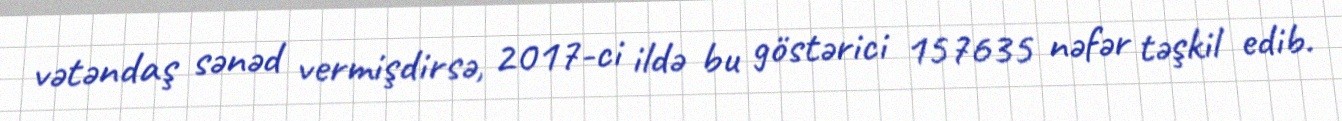
vətəndaş sənəd vermişdirsə, 2017-ci ildə bu göstərici 157635 nəfər təşkil edib.